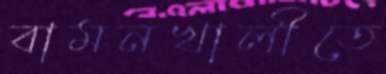
বামনখালীতে